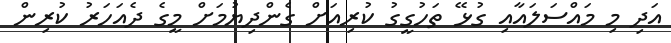
އަދި މި މައްސަލައާއި ގުޅޭ ތަހުގީގު ކުރިއަށް ގެންދިޔުމަށް މީގެ ދެއަހަރު ކުރިން